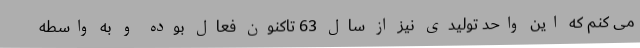
می کنم که این واحد تولیدی نیز از سال 63 تاکنون فعال بوده و به واسطه